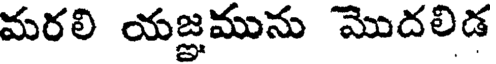
మరలి యజ్ఞమును మొదలిడ